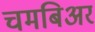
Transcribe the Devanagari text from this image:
चमबिअर